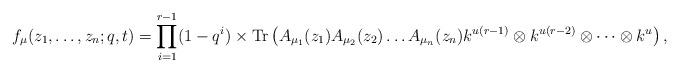
LaTeX: \begin{align*}f_{\mu}(z_1,\dots,z_n;q,t)=\prod_{i=1}^{r-1} (1-q^i)\times{\rm Tr}\left(A_{\mu_1}(z_1) A_{\mu_2}(z_2) \dots A_{\mu_n}(z_n)k^{u(r-1)} \otimes k^{u(r-2)} \otimes \cdots \otimes k^{u}\right),\end{align*}